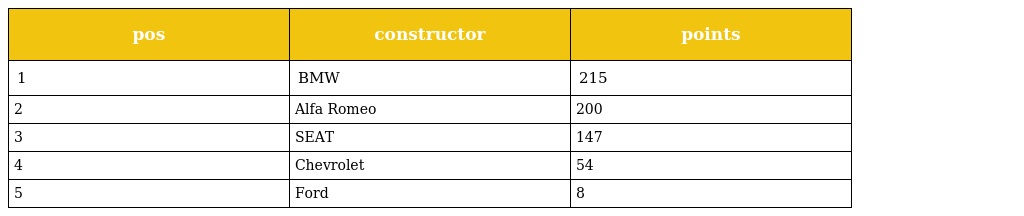
| pos | constructor | points |
 | --- | --- | --- |
 | 1 | BMW | 215 |
 | 2 | Alfa Romeo | 200 |
 | 3 | SEAT | 147 |
 | 4 | Chevrolet | 54 |
 | 5 | Ford | 8 |